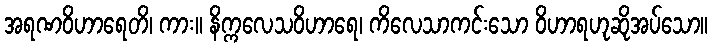
အရဏဝိဟာရေတိ၊ ကား။ နိက္ကလေသဝိဟာရေ၊ ကိလေသာကင်းသော ဝိဟာရဟုဆိုအပ်သော။